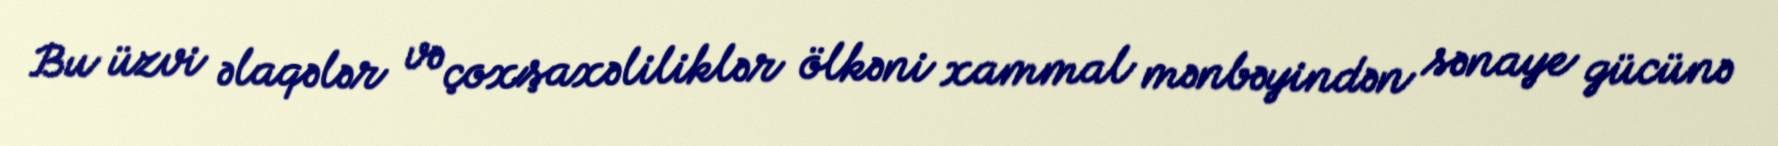
Bu üzvi əlaqələr və çoxşaxəliliklər ölkəni xammal mənbəyindən sənaye gücünə